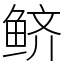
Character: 鲚